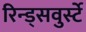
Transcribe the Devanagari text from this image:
रिन्ड्सवुर्स्टे